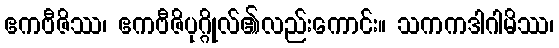
ဧကဗီဇိဿ၊ ဧကဗီဇိပုဂ္ဂိုလ်၏လည်းကောင်း။ သကကဒါဂါမိဿ၊